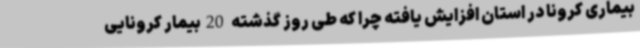
بیماری کرونا در استان افزایش یافته چرا که طی روز گذشته 20بیمار کرونایی